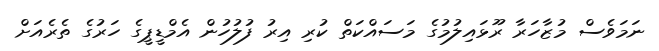
ނަމަވެސް މުޒާހަރާ ރޫޅައިލުމުގެ މަސައްކަތް ކުރި އިރު ފުލުހުން އެމްޑީޕީގެ ހަރުގެ ތެރެއަށް